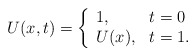
\begin{align*}U(x,t)=\left\{\begin{array}{ll}1, & t=0 \\U(x), & t=1.\end{array}\right. \end{align*}